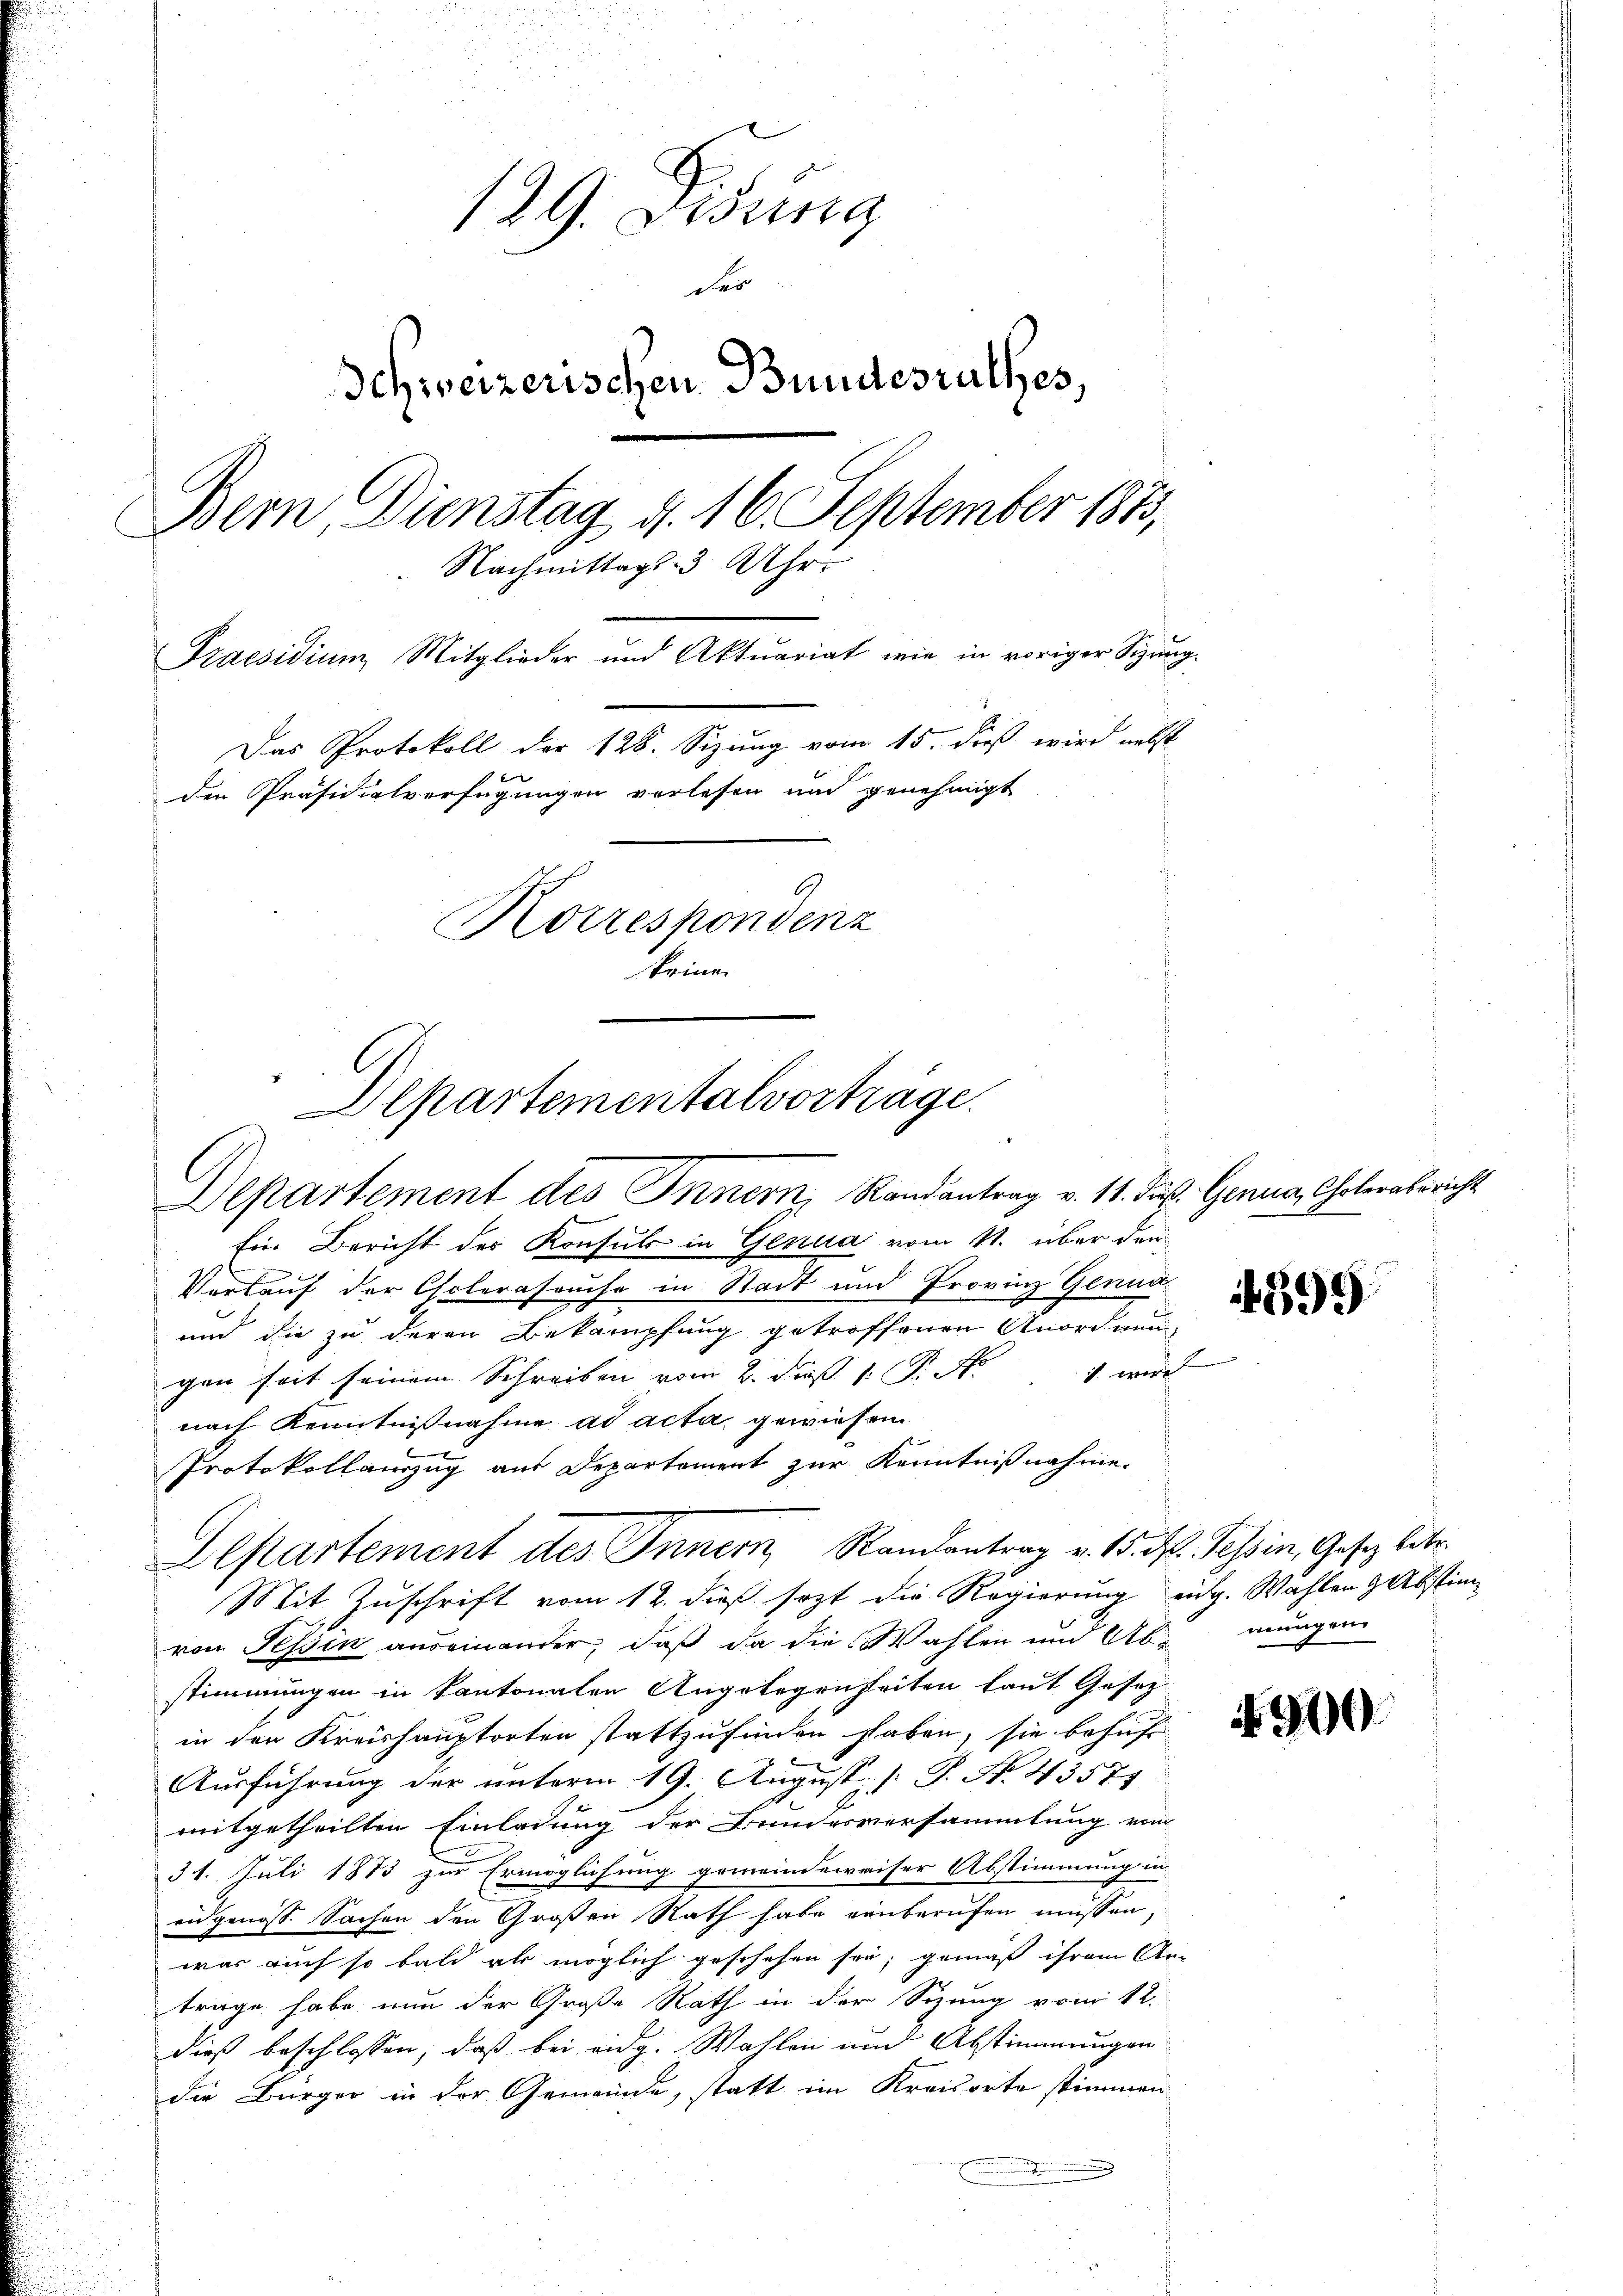
129. Disung
der
Schweizerischen Bundesrathes,
Bern Dienstag d. 16. September 1873,
Nachmittags 3 Uhr.
Praesidium Mitglieder und Aktuariat wie in voriger Sitzung¬
Das Protokoll der 128. Sizung vom 15. dieß wird nebst
den Präsidialverfügungen verlesen und genehmigt
Korrespondenz
krina.

Departementalvorträge.
Departement des Innern, Randantrag v. 11. Jur. Genua, Cholerabericht

Ein Bericht des Konsuls in Genua vom 11. über den
Verkauf der Cholerasause in Stadt und Provinz Genua
und die zu deren Bekämpfung getroffenen Anordnen-
 Wege  |
gen seit seinem Schreiben vom 2. dieß 1. P. N
nach Kenntnisnahme ad acta gewiesen.
Protokollauszug aus Departement zur Kenntnißnahme.
Mit Zuschrift vom 12. dieß sezt die Regierung eidg. Wahlen Abstimvon Tessin andeinander, daß da die Wahlen und Abnungen
stimmungen in Kantonalen Angelegenheiten laut Gesez
in den Kreishauptorten stattzufinden haben; sie behuf
Ausführung der unterm 19. August [ P. No. 43571
mitgetheilten Einladung der Bundesversammlung vom
31. Juli 1873 zur Ermöglichung gemeindeweiser Abstimmung in
vid genosse Sachen den Großen Rath habe ernberufen müssen,
war auch so bald als möglich geschehen sei; gemäß ihrem Antrage habe nun der Große Rath in der Sizung vom 12.
dieß beschlossen, daß bei eidg. Wahlen und Abstimmungen
die Bürger in der Gemeinde, statt im Kraisorte stimmen

Departement des Inner, Randantrag v. 15. d. Tessin, Gesetz betr.

8
399

900